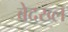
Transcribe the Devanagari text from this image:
बेदख्ल